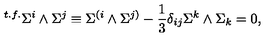
{ } ^ { t . f . } \Sigma ^ { i } \wedge \Sigma ^ { j } \equiv \Sigma ^ { ( i } \wedge \Sigma ^ { j ) } - { \frac { 1 } { 3 } } \delta _ { i j } \Sigma ^ { k } \wedge \Sigma _ { k } = 0 ,